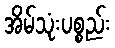
အိမ်သုံးပစ္စည်း